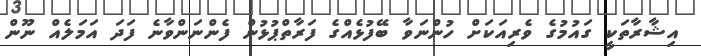
އިޝާރާތަކީ ގައުމުގެ ވެރިއަކަށް ހުންނަވާ ބޭފުޅެއްގެ ފަރާތްޕުޅުން ފެންނަންވާނެ ފަދަ އަމަލެއް ނޫން